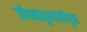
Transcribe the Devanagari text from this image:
जीवनमूल्यांनीयुक्त